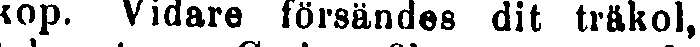
kop. Vidare försändes dit träkol,